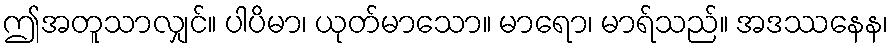
ဤအတူသာလျှင်။ ပါပိမာ၊ ယုတ်မာသော။ မာရော၊ မာရ်သည်။ အဒဿနေန၊